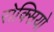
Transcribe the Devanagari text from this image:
रोक्सियो